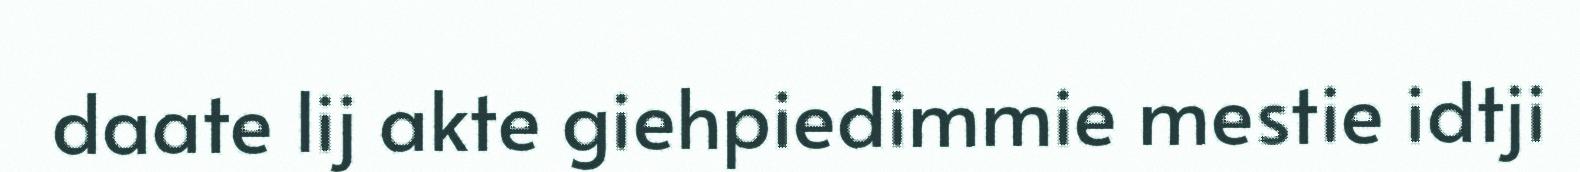
daate lij akte giehpiedimmie mestie idtji